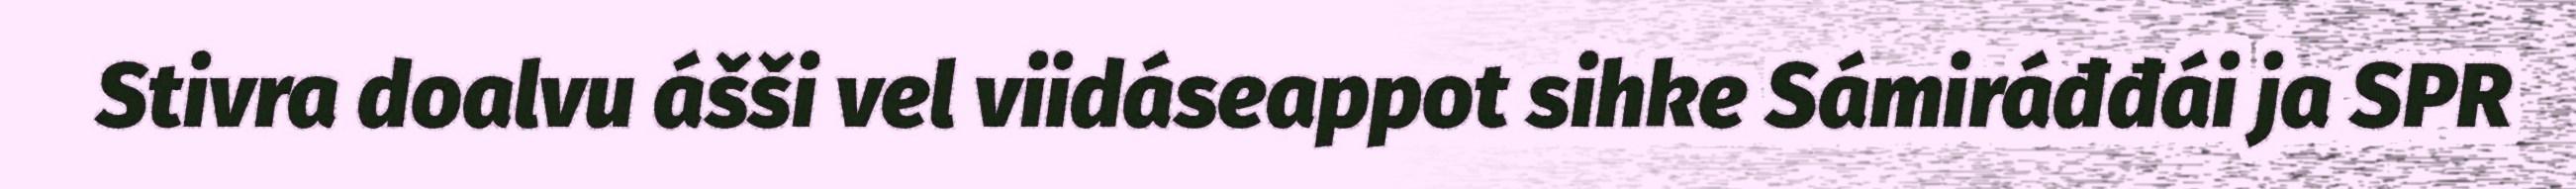
Stivra doalvu ášši vel viidáseappot sihke Sámiráđđái ja SPR